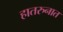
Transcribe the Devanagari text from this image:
हातरुनात